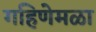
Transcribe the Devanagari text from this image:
गहिणेमळा